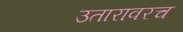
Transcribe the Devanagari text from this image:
उतारावरच